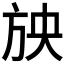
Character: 𣃝